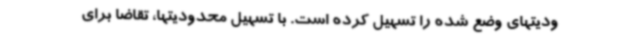
ودیتهای وضع شده را تسهیل کرده است. با تسهیل محدودیتها، تقاضا برای